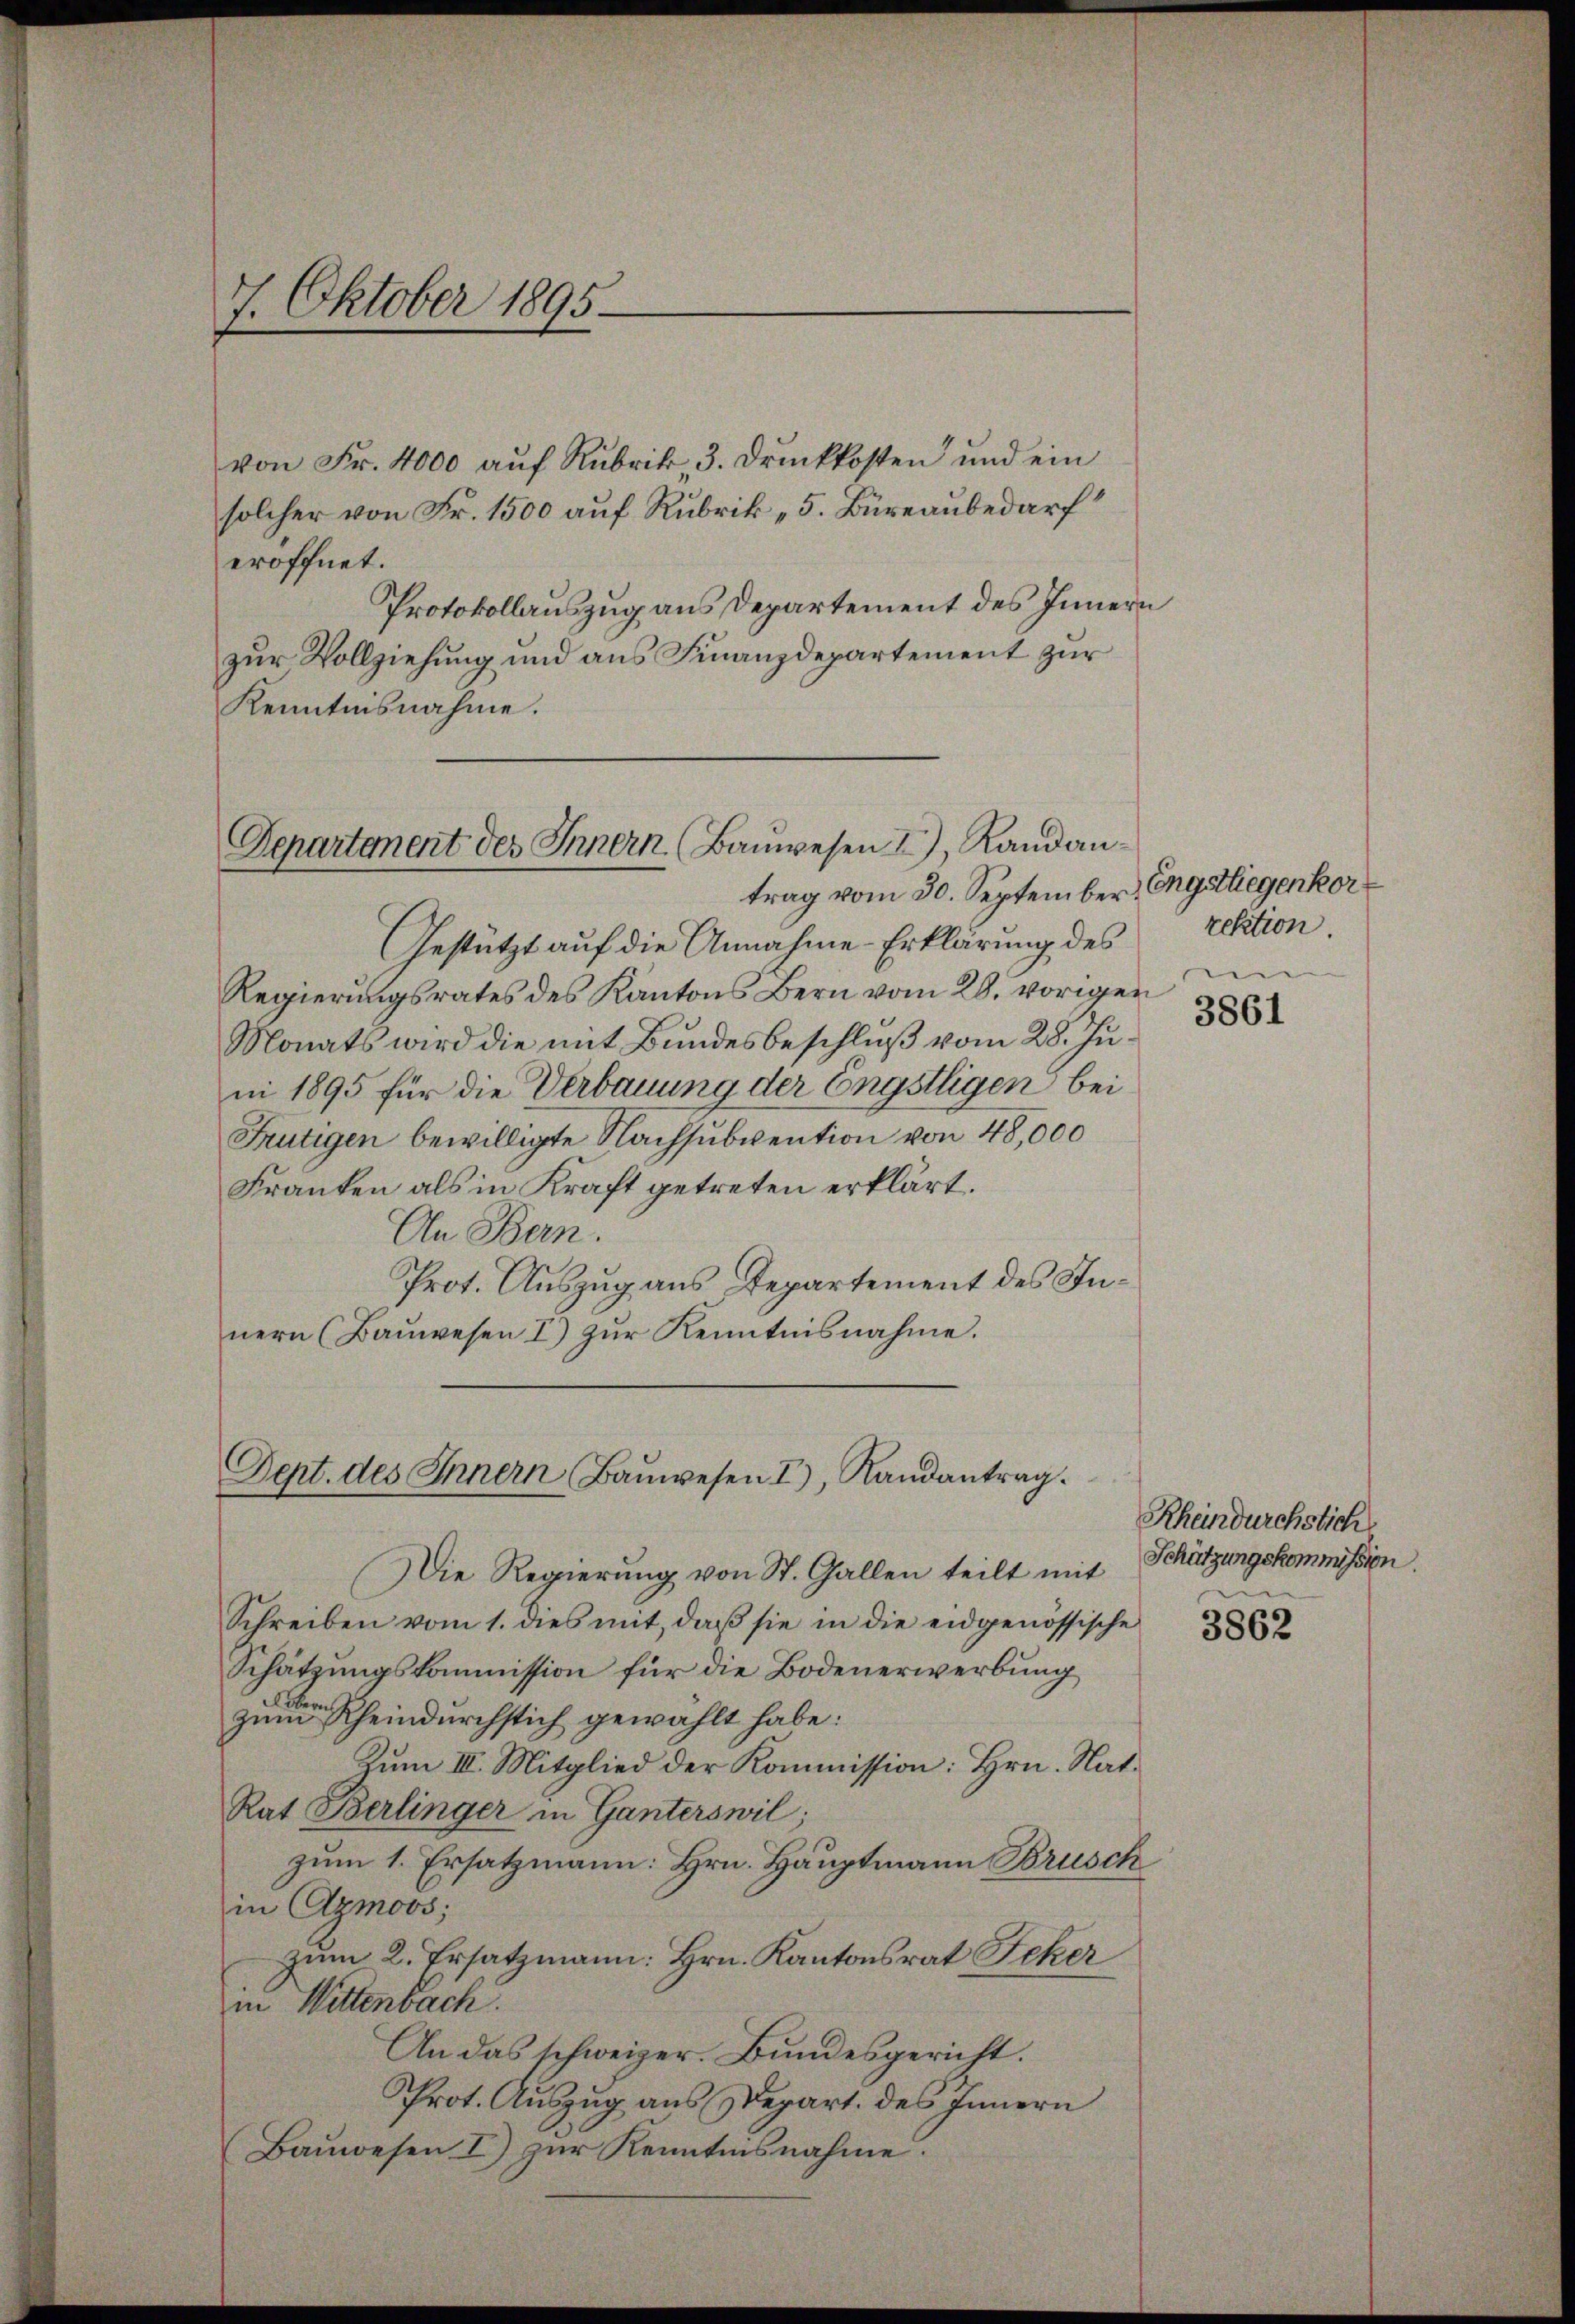
7. Oktober 1895.

von Fr. 4000 auf Rubrik, 3. Druckkosten und ein
solcher von Fr. 1500 auf Rubrik „5. Büreaubedarf
eröffnet.
Protokollauszug aus Departement des Innern
zur Vollziehung und aus Finanzdepartement zur
Kenntnisnahme.

Departement des Innern. Baŭwesen 2), Randantrag vom 30. September Engstliegenkor

Gestützt auf die Annahme-Erklärung des
Regierungsrates des Kantons Bern vom 28. vorigen
Monats wird die mit Bundesbeschluß vom 28. Juni 1895 für die Verbauung der Engstigen bei
Frutigen bewilligte Nachsubvention von 48,000
Franken als in Kraft getreten erklärt.
An Bern.
Prot. Auszug aus Repartement des Innern (Baŭwesen I) zŭr Kenntnisnahme.

Dept. des Innern, Baŭwesen I, Randantrag.

rektion.
3861

Die Regierung von St. Gallen teilt mit
Schreiben vom 1. dies mit, daß sie in die eidgenössische
Schätzungskommission für die Bodenerwerbung
zumer Rheindurchstich gewählt habe:
Zum III. Mitglied der Kommission: Hrn. Nat.
Rat Berlinger in Ganterswil;
zum 1. Ersatzmann: Hrn. Hauptmann Brüsch
in Azmoos;
zum 2. Ersatzmann: Hrn. Kantonsrat Jeker
in Wittenbach.
An das schweizer. Bundesgericht.
Prot. Auszug aus Depart. des Innern
Bauwesen I zur Kenntnisnahme.

Rheindurchstich
Schätzungskommission.

3862